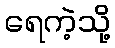
ရေကဲ့သို့